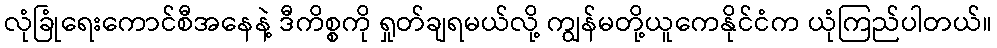
လုံခြုံရေးကောင်စီအနေနဲ့ ဒီကိစ္စကို ရှုတ်ချရမယ်လို့ ကျွန်မတို့ယူကေနိုင်ငံက ယုံကြည်ပါတယ်။